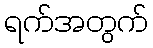
ရက်အတွက်